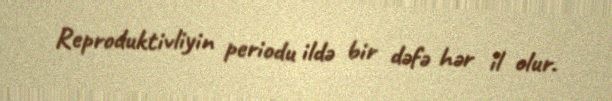
Reproduktivliyin periodu ildə bir dəfə hər il olur.